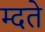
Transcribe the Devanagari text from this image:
म्दते